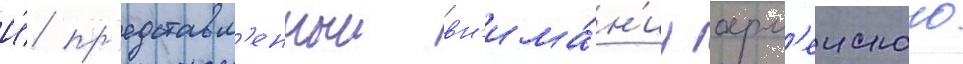
И́ пр'едставл'енныи вн'има́н'иу арм'еиского